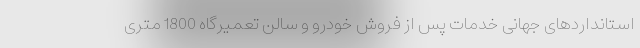
استانداردهای جهانی خدمات پس از فروش خودرو و سالن تعمیرگاه 1800 متری